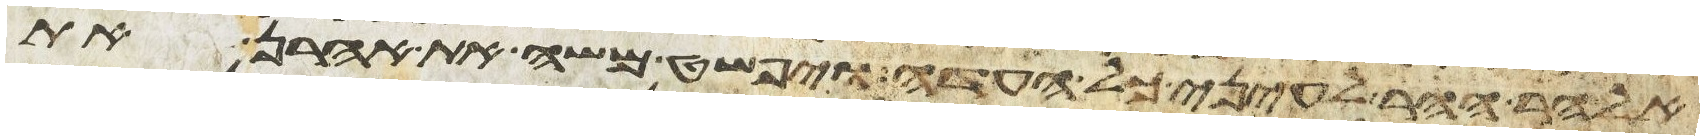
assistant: אל הר ההר לעיני כל העדה ויפשט משה את אהרן את